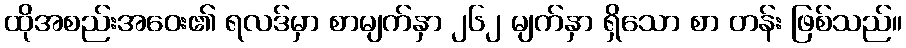
ထိုအစည်းအဝေး၏ ရလဒ်မှာ စာမျက်နှာ ၂၆၂ မျက်နှာ ရှိသော စာ တန်း ဖြစ်သည်။